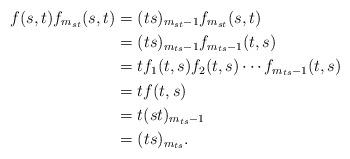
LaTeX: \begin{align*}f(s,t)f_{m_{st}}(s,t)&=(ts)_{m_{st}-1}f_{m_{st}}(s,t)\\&=(ts)_{m_{ts}-1}f_{m_{ts}-1}(t,s)\\&=tf_1(t,s)f_2(t,s)\cdots f_{m_{ts}-1}(t,s)\\&=tf(t,s)\\&=t(st)_{m_{ts}-1}\\&=(ts)_{m_{ts}}. \end{align*}